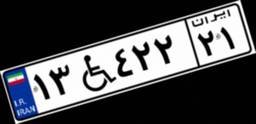
۱۳W۴۲۲۲۱